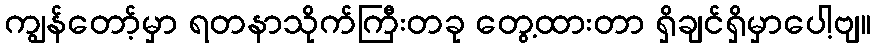
ကျွန်တော့်မှာ ရတနာသိုက်ကြီးတခု တွေ့ထားတာ ရှိချင်ရှိမှာပေါ့ဗျ။